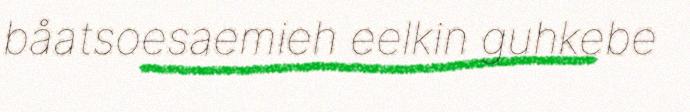
båatsoesaemieh eelkin guhkebe